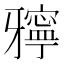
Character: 𤘓